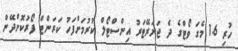
ހުރި 1.6 މެގަ ވޯޓްގެ ދެ ޖަނަރޭޓަރު އިންސްޓޯލް ކުރުމަށްފަހު ކަރަންޓް ފޯރުުކޮށްދޭން